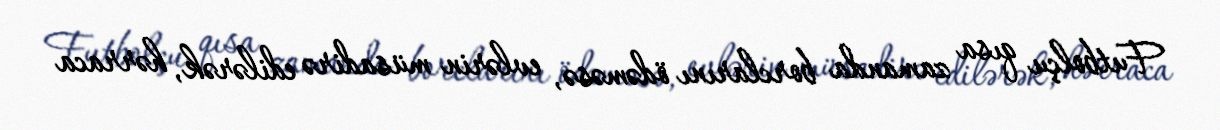
Futbolçu qısa zamanda borclarını ödəməsə, evlərin müsadirə edilərək, hərraca